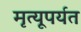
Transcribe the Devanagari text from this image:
मृत्यूपर्यत